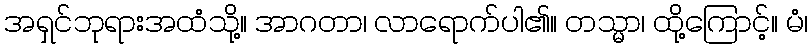
အရှင်ဘုရားအထံသို့။ အာဂတာ၊ လာရောက်ပါ၏။ တသ္မာ၊ ထို့ကြောင့်။ မံ၊